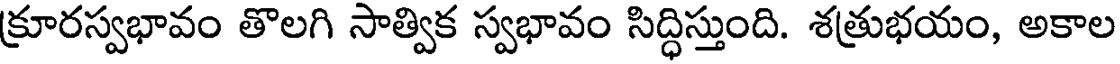
క్రూరస్వభావం తొలగి సాత్విక స్వభావం సిద్ధిస్తుంది. శత్రుభయం, అకాల